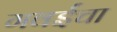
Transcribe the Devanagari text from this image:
गवईंचा